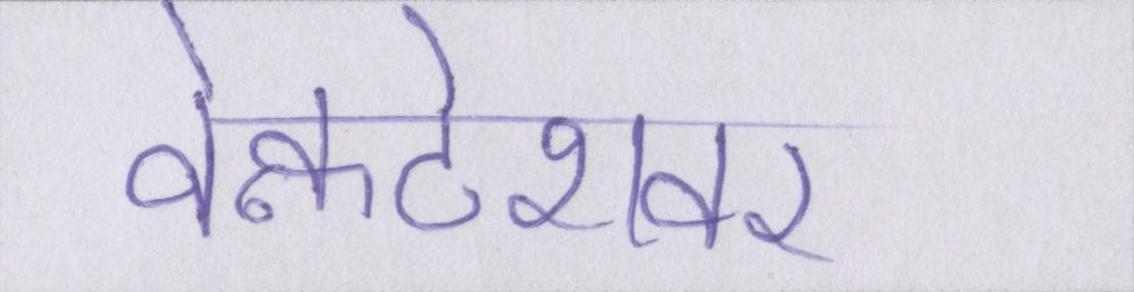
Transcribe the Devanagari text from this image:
वेन्कटेशवर